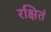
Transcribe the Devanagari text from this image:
रक्षितं